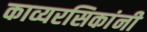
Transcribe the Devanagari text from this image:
काव्यरसिकांनी